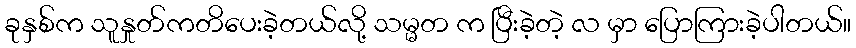
ခုနှစ်က သူနှုတ်ကတိပေးခဲ့တယ်လို့ သမ္မတ က ပြီးခဲ့တဲ့ လ မှာ ပြောကြားခဲ့ပါတယ်။